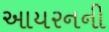
આયરનની